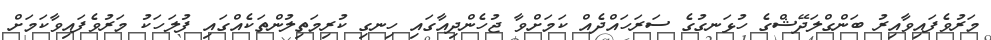
މަރުވެފައިވާއިރު ބަންގްލަދޭޝްގެ ހުޅަނގުގެ ސަރަހައްދެއް ކަމަށްވާ ޖުހެންދިއާގައި ހިނގި ކުރިމަތިލުންތަކެއްގައި ފުލަހަކު މަރުވެފައިވާކަމަށް